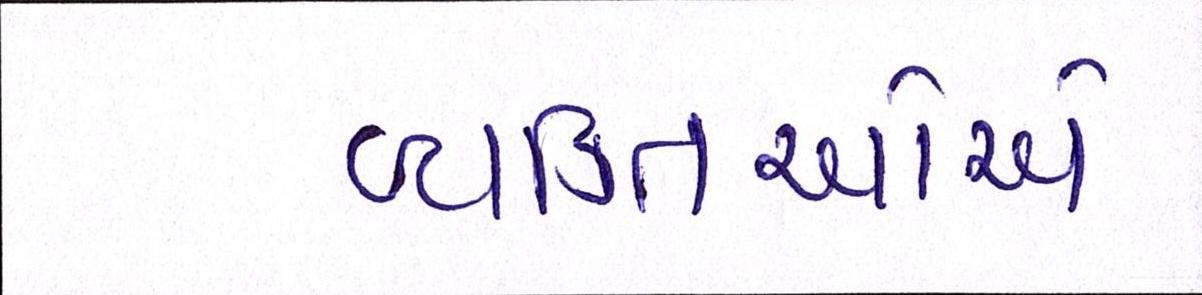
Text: વ્યક્તિઓએ